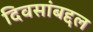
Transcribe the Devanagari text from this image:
दिवसांबद्दल